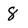
Character: 8